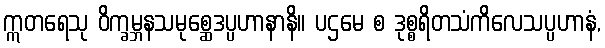
ဣတရေသု ဝိက္ခမ္ဘနသမုစ္ဆေဒပ္ပဟာနာနိ။ ပဌမေ စ ဒုစ္စရိတသံကိလေသပ္ပဟာနံ,